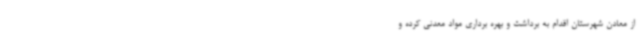
از معادن شهرستان اقدام به برداشت و بهره برداری مواد معدنی کرده و